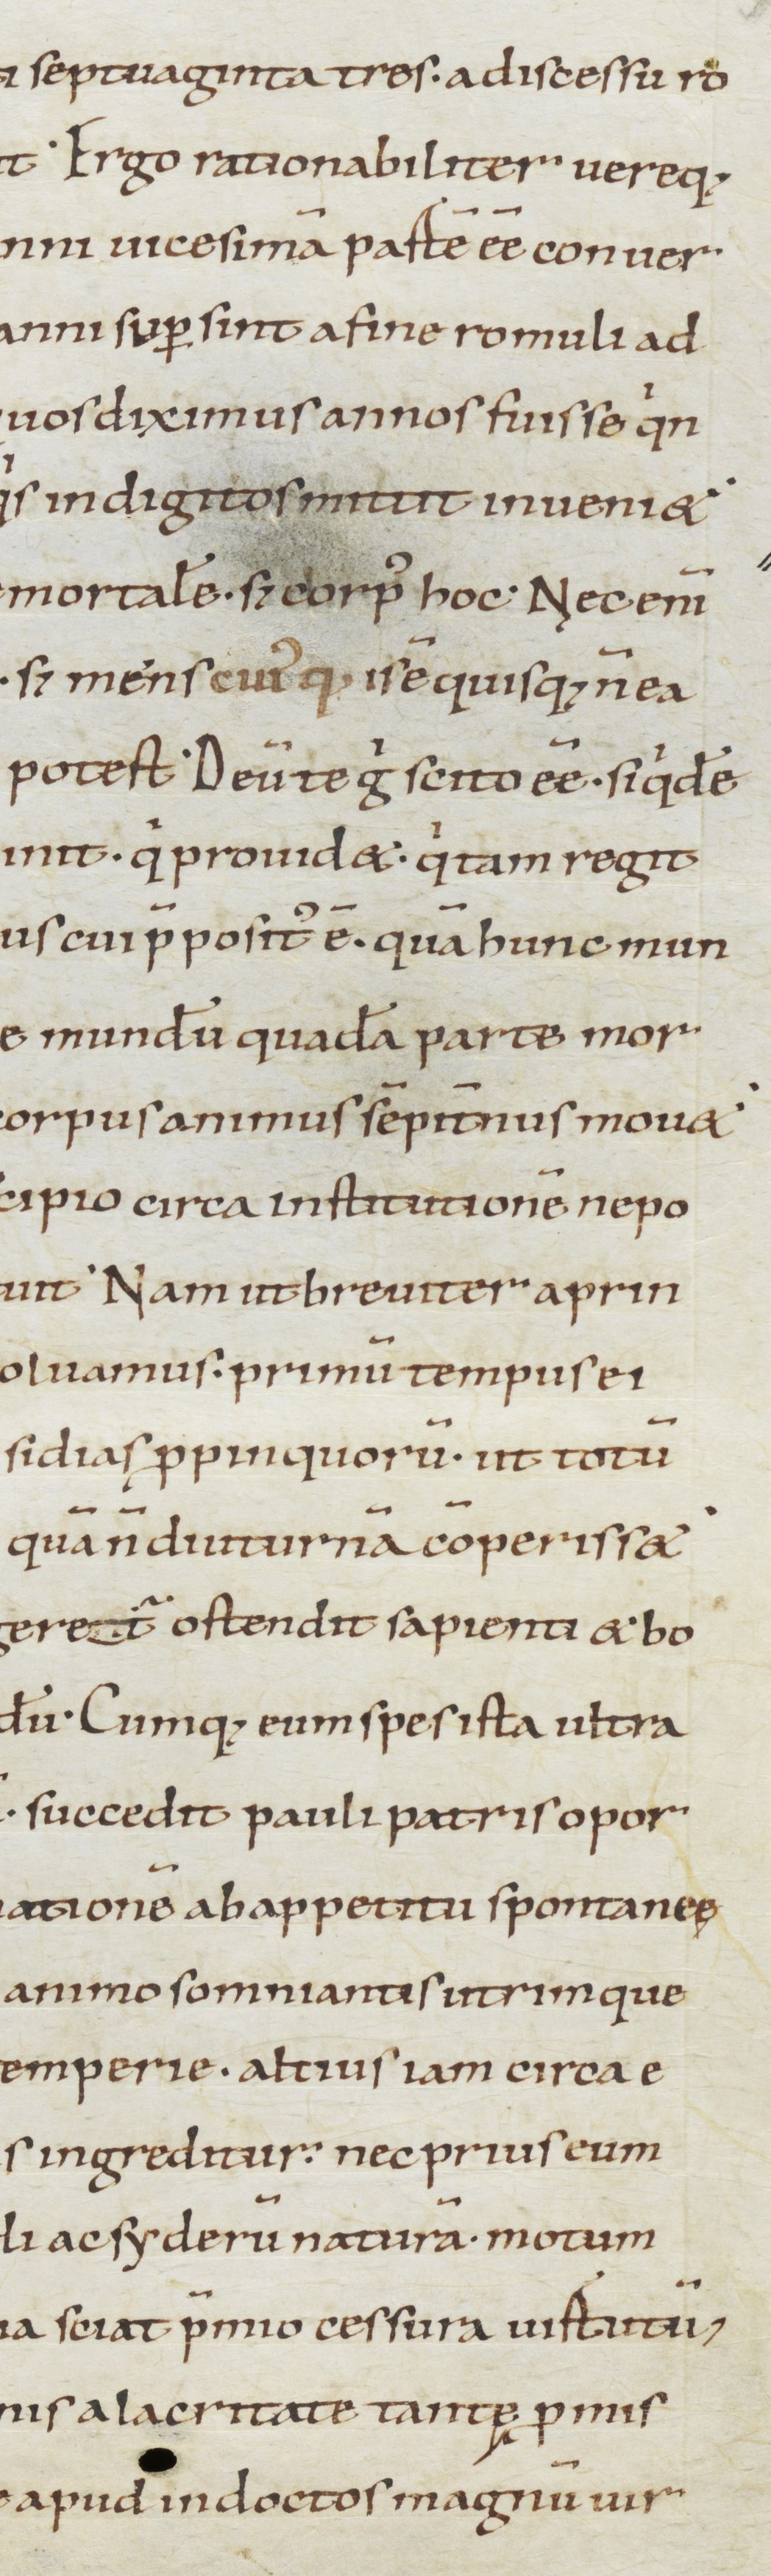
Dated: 900–1199